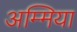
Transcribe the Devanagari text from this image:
अम्मिया